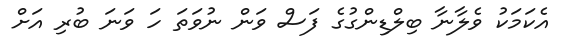
އެކަމަކު ވެލާނާ ބިލްޑިންގުގެ ފަސް ވަން ނުވަތަ ހަ ވަނަ ބުރި އަށް